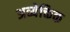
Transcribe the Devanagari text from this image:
अव्येक्तिक